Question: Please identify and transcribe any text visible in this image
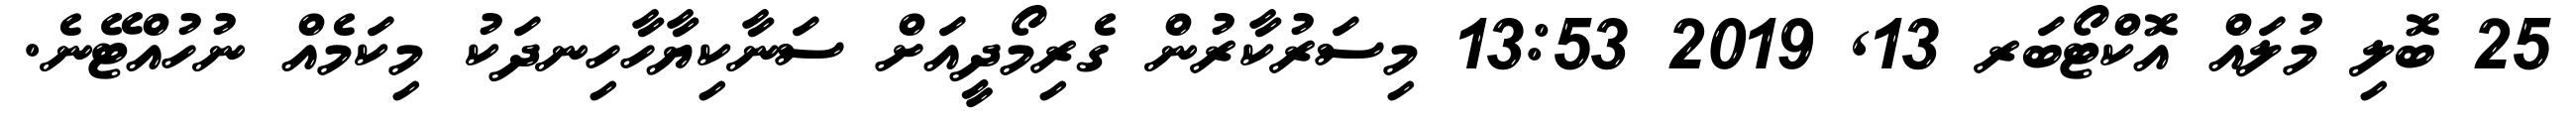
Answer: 25 ބޮލި މުލައް އޮކްޓޯބަރ 13, 2019 13:53 މިސަރުކާރުން ގެރިމޯދީއަށް ސަނާކިޔާހާހިނދަކު މިކަމެއް ނުހުއްޓޭނެ.